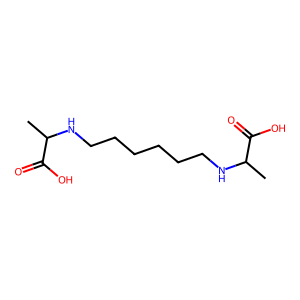
SMILES: CC(NCCCCCCNC(C)C(=O)O)C(=O)O
Inhibits HIV replication: No